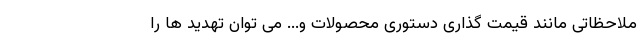
ملاحظاتی مانند قیمت گذاری دستوری محصولات و... می توان تهدید ها را